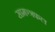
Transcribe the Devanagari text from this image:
सामञ्त्रफल